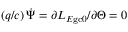
( q / c ) \, \dot { \Psi } = \partial L _ { E \mathrm { g c } 0 } / \partial \Theta = 0